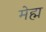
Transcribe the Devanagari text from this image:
मेह्म